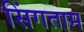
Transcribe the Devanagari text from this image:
सिंगताम